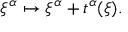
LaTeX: \xi ^ { \alpha } \mapsto \xi ^ { \alpha } + t ^ { \alpha } ( \xi ) .